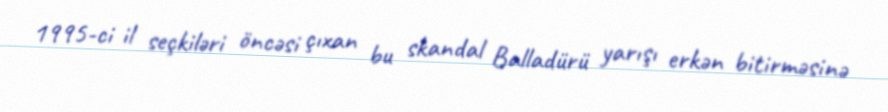
1995-ci il seçkiləri öncəsi çıxan bu skandal Balladürü yarışı erkən bitirməsinə